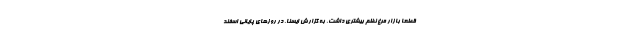
قطعا بازار مرغ نظم بیشتری داشت. به گزارش ایسنا، در روزهای پایانی اسفند